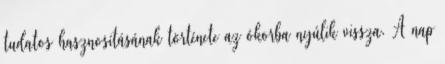
tudatos hasznosításának története az ókorba nyúlik vissza. A nap